Veterinary regulations India, 1939 -
Year: 1939
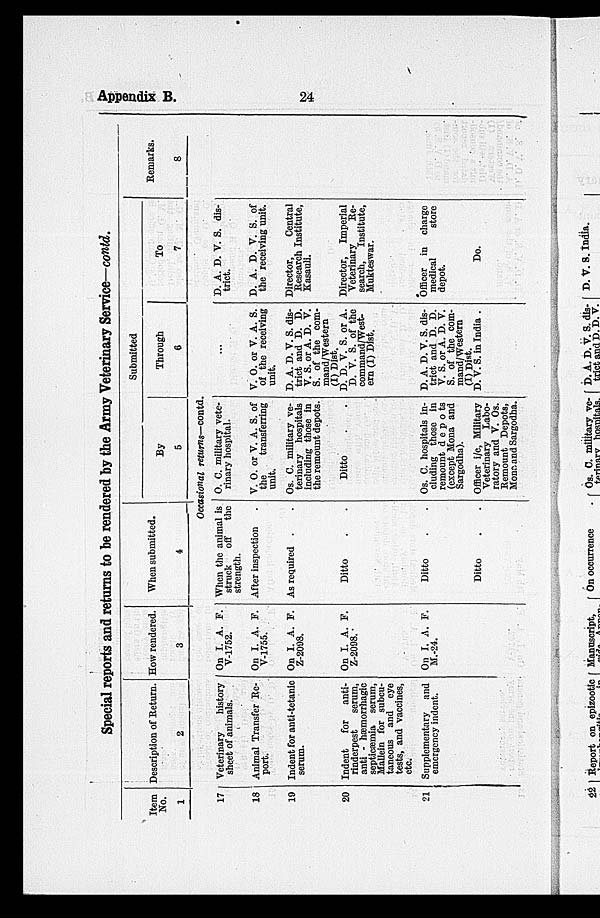
Appendix B.
24
Special reports and returns to be rendered by the Army Veterinary Service—contd.
Item
No.
1
17
18
19
20
21
Description of Return.
2
Veterinary
history
sheet of animals.
Animal Transfer Re-
port.
Indent for anti-tetanic
serum.
Indent
for
anti-
rinderpest
serum,
anti - hæmorrhagic
septicæmia serum,
Mallein for subcu-
taneous and eye
tests, and vaccines,
etc.
Supplementary and
emergency indent.
How rendered.
3
On I. A. F.
V-1752.
On I. A. F.
V-1755.
On I. A. F.
Z-2098.
On I. A. F.
Z-2098.
On I. A. F.
M.-24.
When submitted.
4
When the animal is
struck
off
the
strength.
After inspection .
As required . .
Ditto . .
Ditto . .
Ditto . .
Submitted
By
5
Occasional returns—contd.
O. C. military vete-
rinary hospital.
V. O. or V. A. S. of
the
transferring
unit.
Os. C. military ve-
terinary hospitals
including those in
the remount depots.
Ditto . .
Os. C. hospitals in-
cluding those in
remount depots
(except Mona and
Sargodha).
Officer i/c, Military
Veterinary Labo-
ratory and V. Os.
Remount Depots,
Mona and Sargodha.
Through
6
...
V. O. or V. A. S.
of the receiving
unit.
D. A. D. V. S. dis-
trict and D. D.
V. S. or A. D. V.
S. of the com-
mand/Western
(I) Diet.
D. D. V. S. or A.
D. V. S. of the
command/West-
ern (I) Dist.
D. A. D. V. S. dis-
trict and D. D.
V. S. or A. D. V.
S. of the com-
mand/Western
(I)
Dist.
D. V. S. in India .
To
7
D. A. D. V. S. dis-
trict.
D. A. D. V. S. of
the receiving unit.
Director,
Central
Research Institute,
Kasauli.
Director, Imperial
Veterinary
Re-
search, Institute,
Mukteswar.
Officer in charge
medical
store
depot.
Do.
Remarks.
8